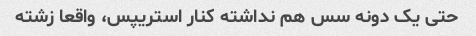
حتی یک دونه سس هم نداشته کنار استریپس، واقعا زشته